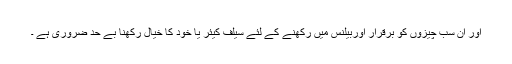
اور ان سب چیزوں کو برقرار اوربیلنس میں رکھنے کے لئے سیلف کیئر یا خود کا خیال رکھنا بے حد ضروری ہے ۔